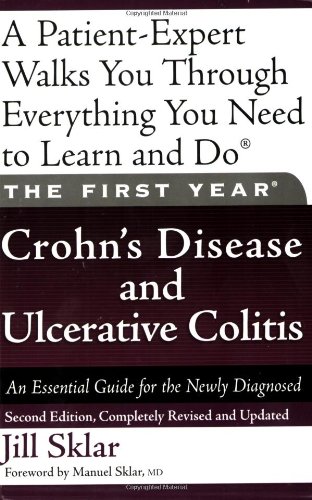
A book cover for The First Year: Crohn's Disease and Ulcerative Colitis: An Essential Guide for the Newly Diagnosed; Jill Sklar; Health, Fitness & Dieting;